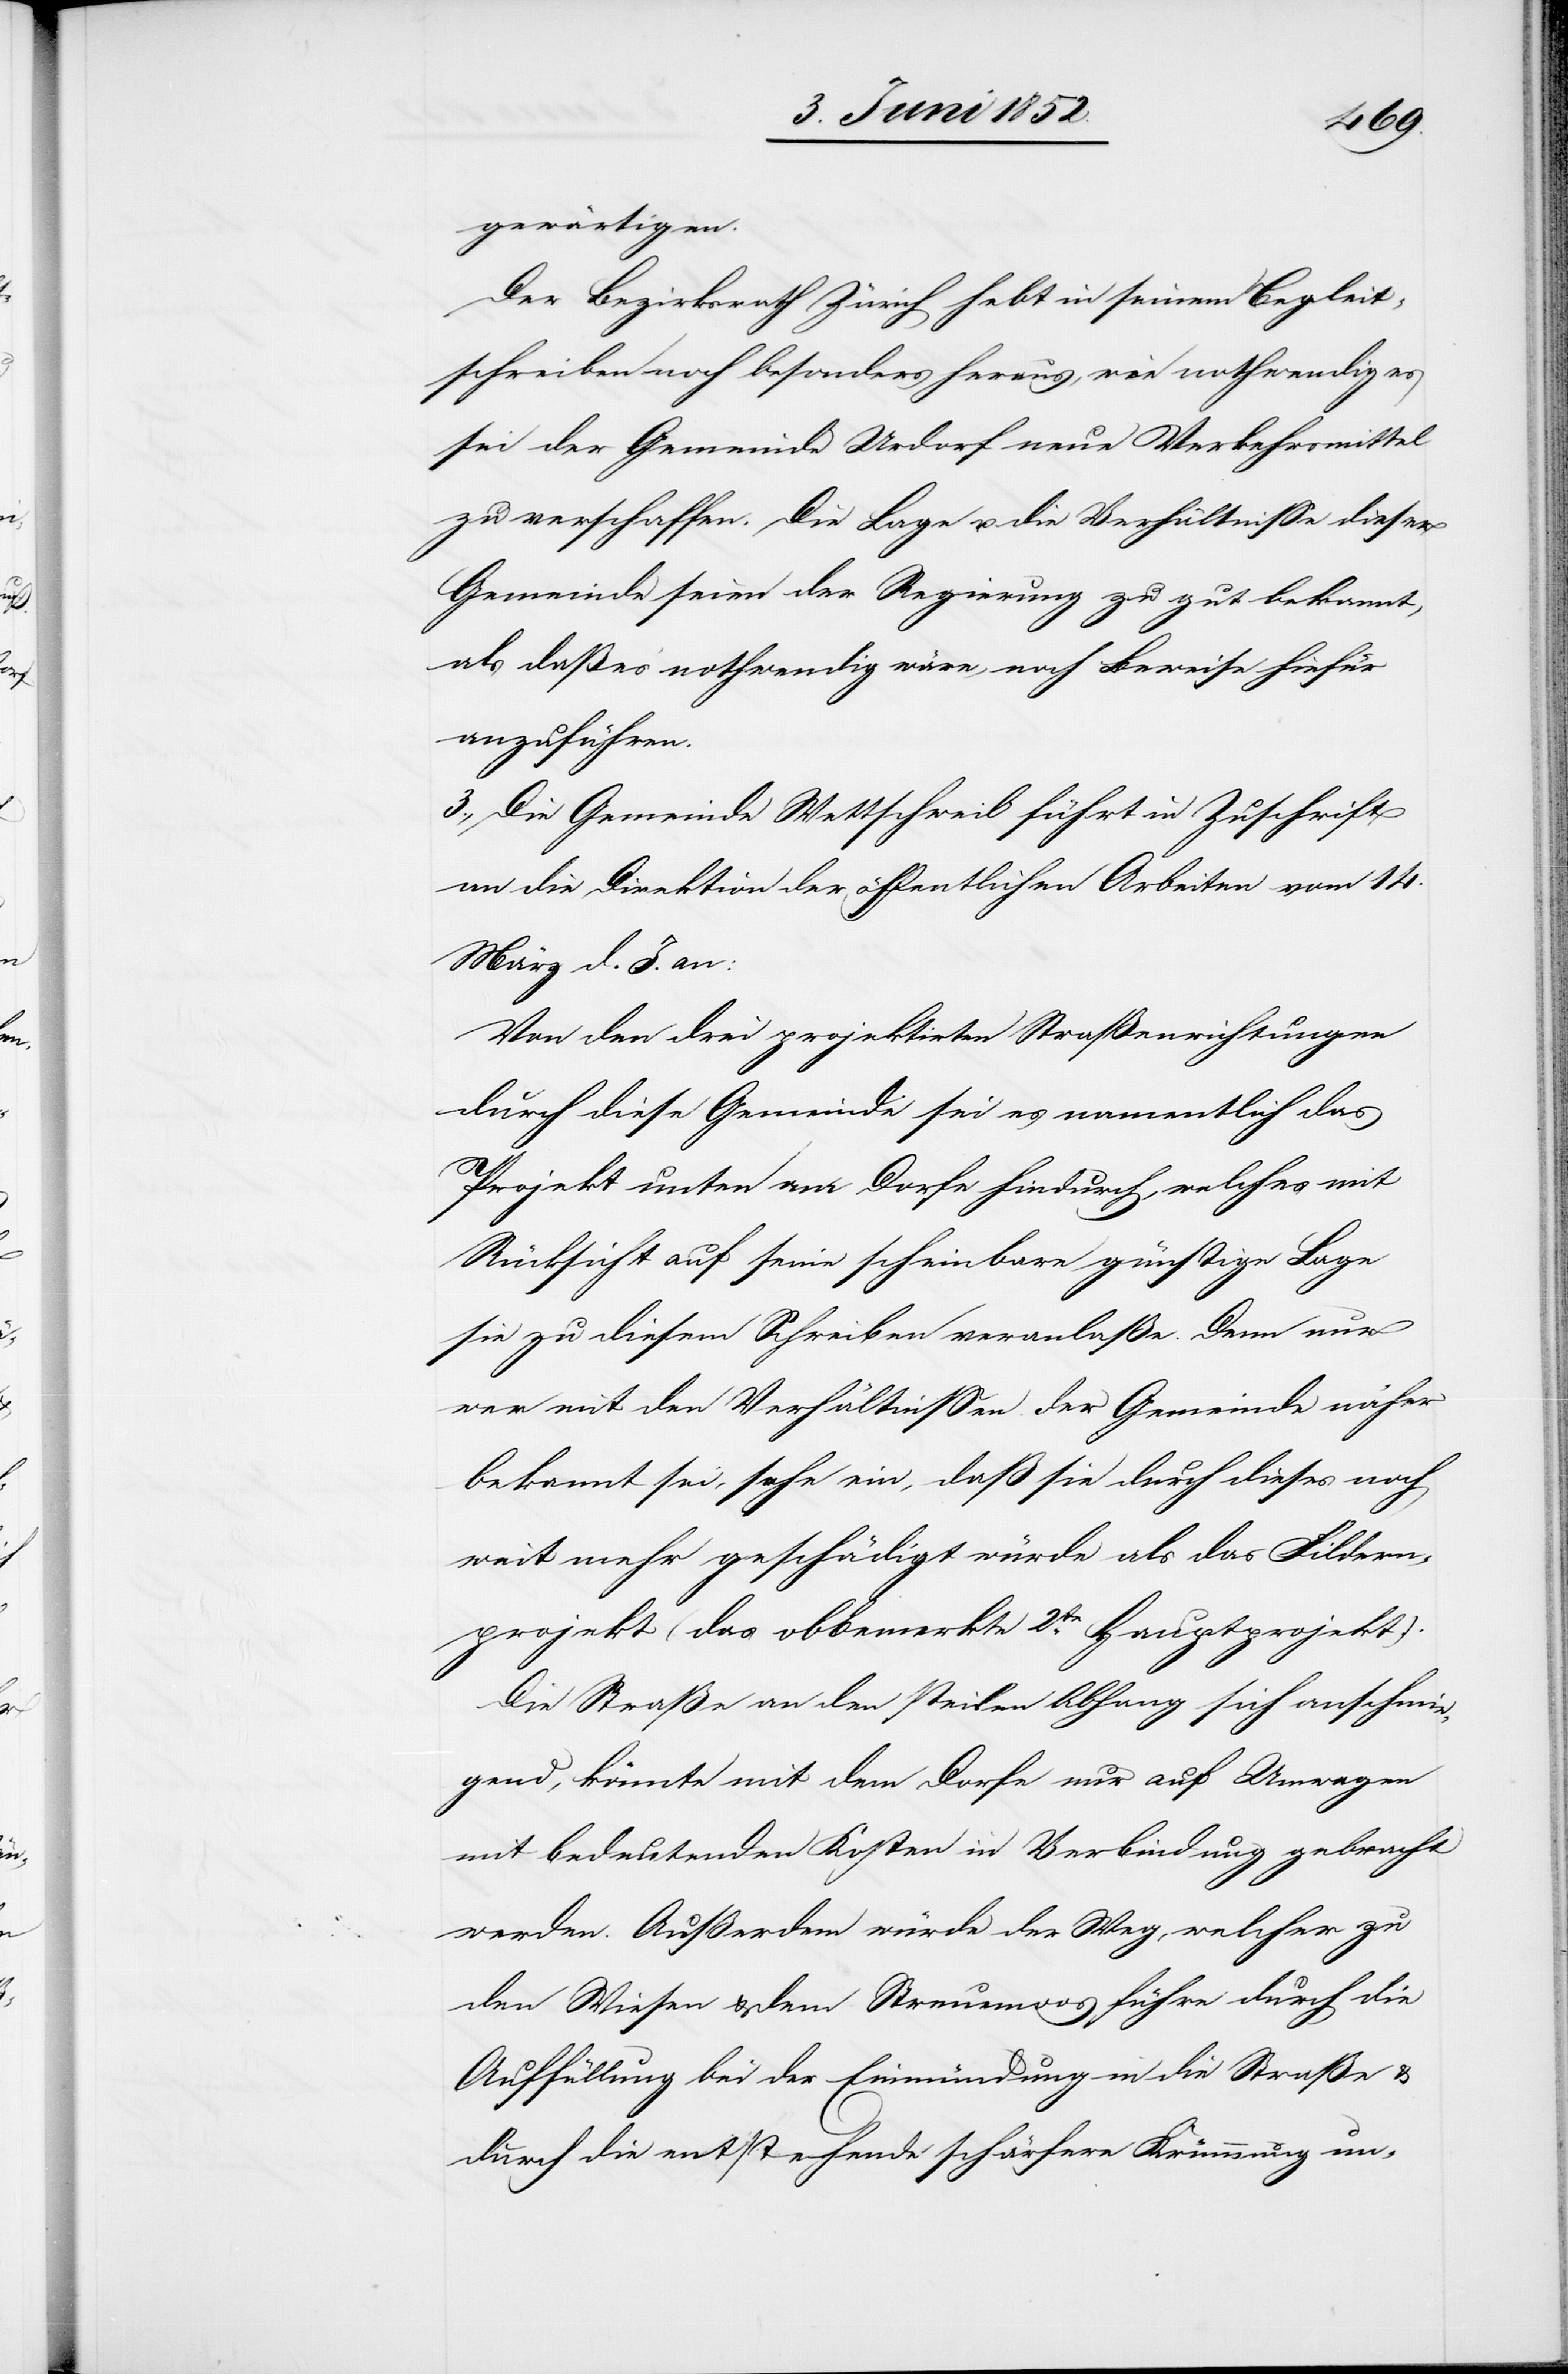
gewärtigen.
Der Bezirksrath Zürich hebt in seinem Begleit¬
schreiben noch besonders heraus, wie nothwendig es
sei der Gemeinde Urdorf neue Verkehrsmittel
zu verschaffen. Die Lage u. die Verhältnisse dieser
Gemeinde seien der Regierung zu gut bekannt,
als daß es nothwendig wäre, noch Beweise hiefür
anzuführen.
3., Die Gemeinde Wettschweil führt in Zuschrift
an die Direktion der öffentlichen Arbeiten vom 14.
März d. J. an:
Von den drei projektirten Straßenrichtungen
durch diese Gemeinde sei es namentlich das
Projekt unten am Dorfe hindurch, welches mit
Rücksicht auf seine scheinbare günstige Lage
sie zu diesem Schreiben veranlaße. Denn nur
wer mit den Verhältnissen der Gemeinde näher
bekannt sei, sehe ein, daß sie durch dieses noch
weit mehr geschädigt würde als [durch] das Fildern¬
projekt (das obbemerkte 2te. Hauptprojekt).
Die Straße an den steilen Abhang sich anschmie¬
gend, könnte mit dem Dorfe nur auf Umwegen
mit bedeutenden Kosten in Verbindung gebracht
werden. Außerdem würde der Weg, welcher zu
den Wiesen & dem Streuemoos führe durch die
Auffüllung bei der Einmündung in die Straße &
durch die entstehende schärfere Krümmung un-